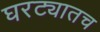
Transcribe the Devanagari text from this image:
घरट्यातच